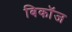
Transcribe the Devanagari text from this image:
बिकॉज